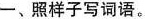
一、照样子写词语。